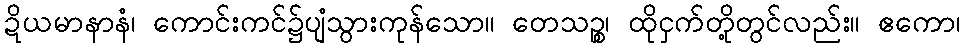
ဍိယမာနာနံ၊ ကောင်းကင်၌ပျံသွားကုန်သော။ တေသဉ္စ၊ ထိုငှက်တို့တွင်လည်း။ ဧကော၊